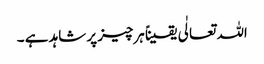
اللہ تعالٰی یقیناً ہرچیز پر شاہد ہے ۔